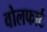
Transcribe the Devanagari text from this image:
वोलफार्ट